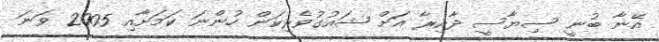
އޭނާ ބުނީ ސިޔާސީ ދާއިރާ އަށް ޝައުގުވެރިކަން ހުންނަ ކަމަށާއި 2005 ވަނަ